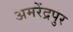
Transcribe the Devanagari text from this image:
अमरेंद्रपुर